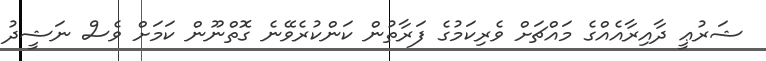
ޝަރުޢީ ދާއިރާއެއްގެ މައްޗަށް ވެރިކަމުގެ ފަރާތުން ކަންކުރެވޭނެ ގޮތްނޫން ކަމަށް ވެސް ނަޝީދު